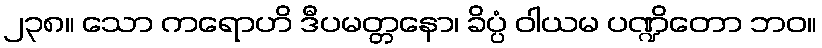
၂၃၈။ သော ကရောဟိ ဒီပမတ္တနော၊ ခိပ္ပံ ဝါယမ ပဏ္ဍိတော ဘဝ။